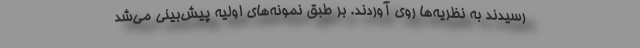
رسیدند به نظریه‌ها روی آوردند. بر طبق نمونه‌های اولیه پیش‌بینی می‌شد